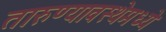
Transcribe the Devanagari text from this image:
तारुण्यावस्थेमध्ये